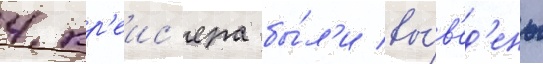
4 кр'еис'ера бы́л'и вы́в'ед'ены